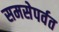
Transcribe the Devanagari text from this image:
समसेपर्वत